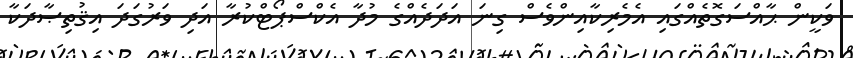
ވަކީން ޙާއްސަގޮތެއްގައި އެމެރިކާއިންވެސް ގިނަ އަދަދެއްގެ މުދާ އެކްސްޕޯޓްކުރާ އަދި ވަރުގަދަ އިޤުތިޞާދަކާ